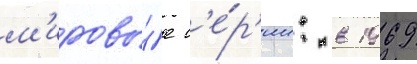
м'ировы́е с'е́р'ии: в 1969